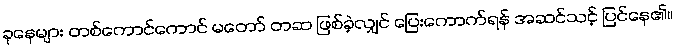
ခုနေများ တစ်ကောင်ကောင် မတော် တဆ ဖြစ်ခဲ့လျှင် ပြေးကောက်ရန် အဆင်သင့် ပြင်နေ၏။